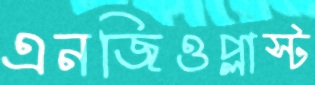
এনজিওপ্লাস্ট